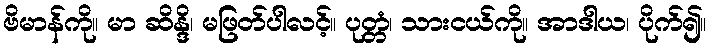
ဗိမာန်ကို။ မာ ဆိန္ဒိ၊ မဖြတ်ပါလင့်။ ပုတ္တံ၊ သားငယ်ကို။ အာဒါယ၊ ပိုက်၍။